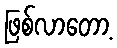
ဖြစ်လာတော့